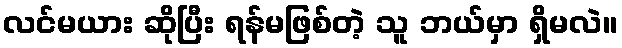
လင်မယား ဆိုပြီး ရန်မဖြစ်တဲ့ သူ ဘယ်မှာ ရှိမလဲ။